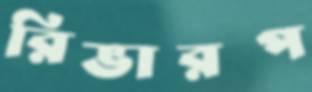
রিভারপ